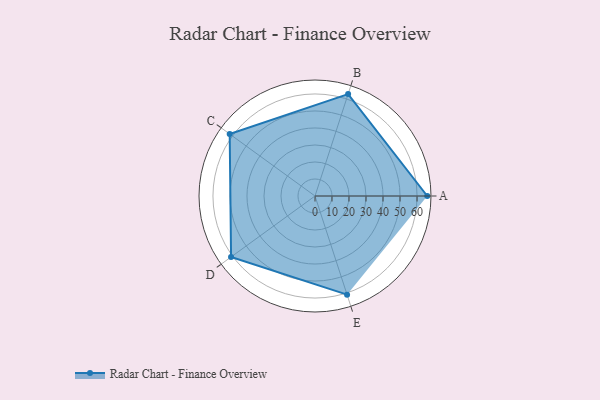
{"axis": {"x": "Skill", "y": "Score"}, "legend": ["Profile"], "data": [{"x": "A", "y": 66.0, "type": "Profile"}, {"x": "B", "y": 63.0, "type": "Profile"}, {"x": "C", "y": 62.0, "type": "Profile"}, {"x": "D", "y": 61.0, "type": "Profile"}, {"x": "E", "y": 61.0, "type": "Profile"}]}